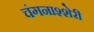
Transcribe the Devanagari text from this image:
चंगनाश्शेरी